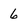
Character: 6